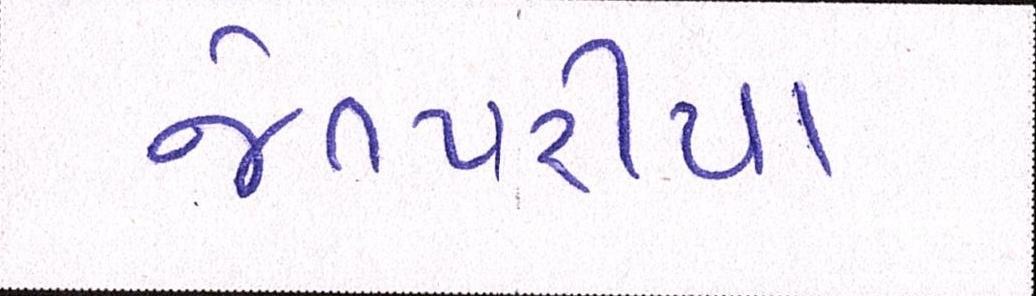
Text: જેતપરીયા